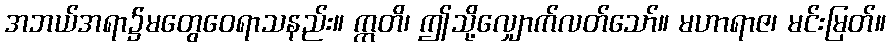
အဘယ်အရာ၌မတွေဝေရာသနည်း။ ဣတိ၊ ဤသို့လျှောက်လတ်သော်။ မဟာရာဇ၊ မင်းမြတ်။